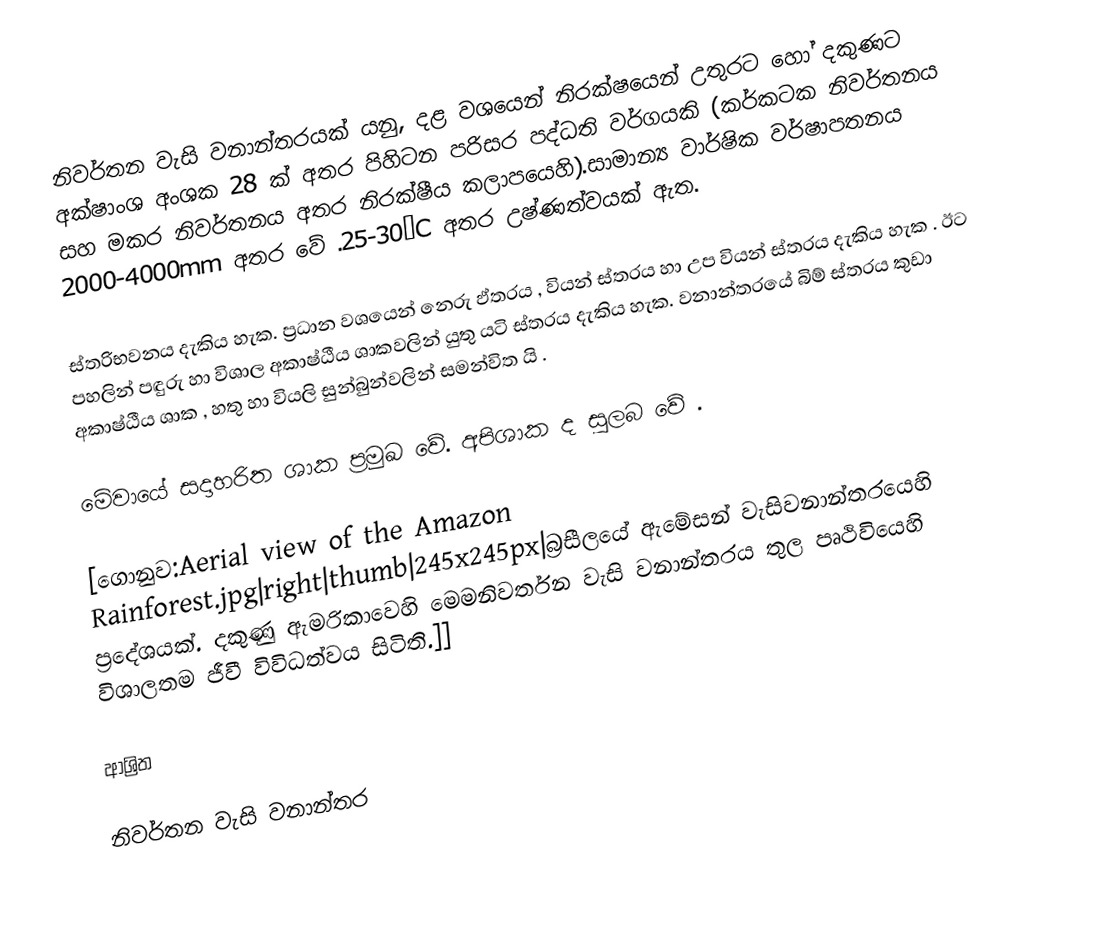
නිවර්තන වැසි වනාන්තරයක් යනු, දළ වශයෙන් නිරක්ෂයෙන් උතුරට හෝ දකුණට අක්ෂාංශ අංශක 28  ක් අතර පිහිටන පරිසර පද්ධති වර්ගයකි (කර්කටක නිවර්තනය සහ මකර නිවර්තනය අතර නිරක්ෂීය කලාපයෙහි).සාමාන්‍ය වාර්ෂික වර්ෂාපතනය 2000-4000mm අතර වේ .25-30°C අතර උෂ්ණත්වයක් ඇත.

ස්තරිභවනය දැකිය හැක. ප්‍රධාන වශයෙන් නෙරු ඵ්තරය , වියන් ස්තරය හා උප වියන් ස්තරය දැකිය හැක . ඊට පහලින් පඳුරු හා විශාල අකාෂ්ඨීය ශාකවලින් යුතු යටි ස්තරය දැකිය හැක. වනාන්තරයේ බිම් ස්තරය කුඩා අකාෂ්ඨීය ශාක , හතු හා වියලි සුන්බුන්වලින් සමන්විත යි .

මේවායේ සදාහරිත ශාක ප්‍රමුඛ වේ. අපිශාක ද සුලබ වේ .

[ගොනුව:Aerial view of the Amazon Rainforest.jpg|right|thumb|245x245px|බ්‍රසීලයේ ඇමේසන් වැසිවනාන්තරයෙහි ප්‍රදේශයක්. දකුණු ඇමරිකාවෙහි මෙමනිවර්තන වැසි වනාන්තරය තුල පෘථිවියෙහි විශාලතම ජීවී විවිධත්වය සිටිති.]]

ආශ්‍රිත

නිවර්තන වැසි වනාන්තර